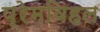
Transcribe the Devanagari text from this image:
प्रेमविहल